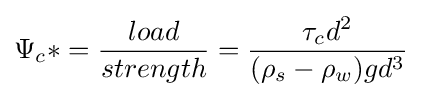
\Psi _{c}*={\frac {load}{strength}}={\frac {\tau _{c}d^{2}}{(\rho _{s}-\rho _{w})gd^{3}}}